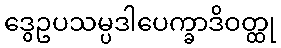
ဒွေဥပသမ္ပဒါပေက္ခာဒိဝတ္ထု